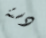
دستة